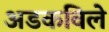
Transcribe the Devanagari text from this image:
अडकविले